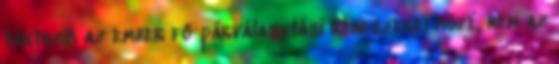
tartozik az ember fő párválasztási rendszerei közé, nem az